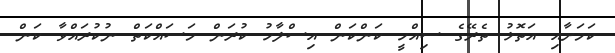
ކަމަށާއި އަތޮޅު ތެރޭގެ ސިއްހީ ކަންކަން އިސްލާހު ކުރަން މަސައްކަތް ނުކުރައްވާ ކަން